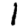
Digit: 1